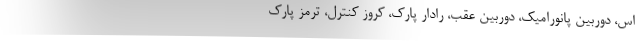
اس، دوربین پانورامیک، دوربین عقب، رادار پارک، کروز کنترل، ترمز پارک